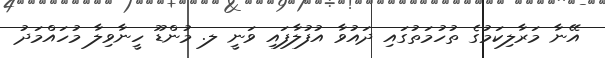
އޭނާ މަރާލިކަމުގެ ތުހުމަތުގައި ދައުވާ އުފުލާފައި ވަނީ ލ. މުންޑޫ ހީނާވިލާ މުހައްމަދު